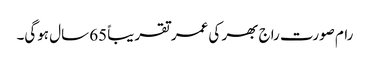
رام صورت راج بھر کی عمر تقریباً 65 سال ہوگی۔